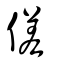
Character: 傞